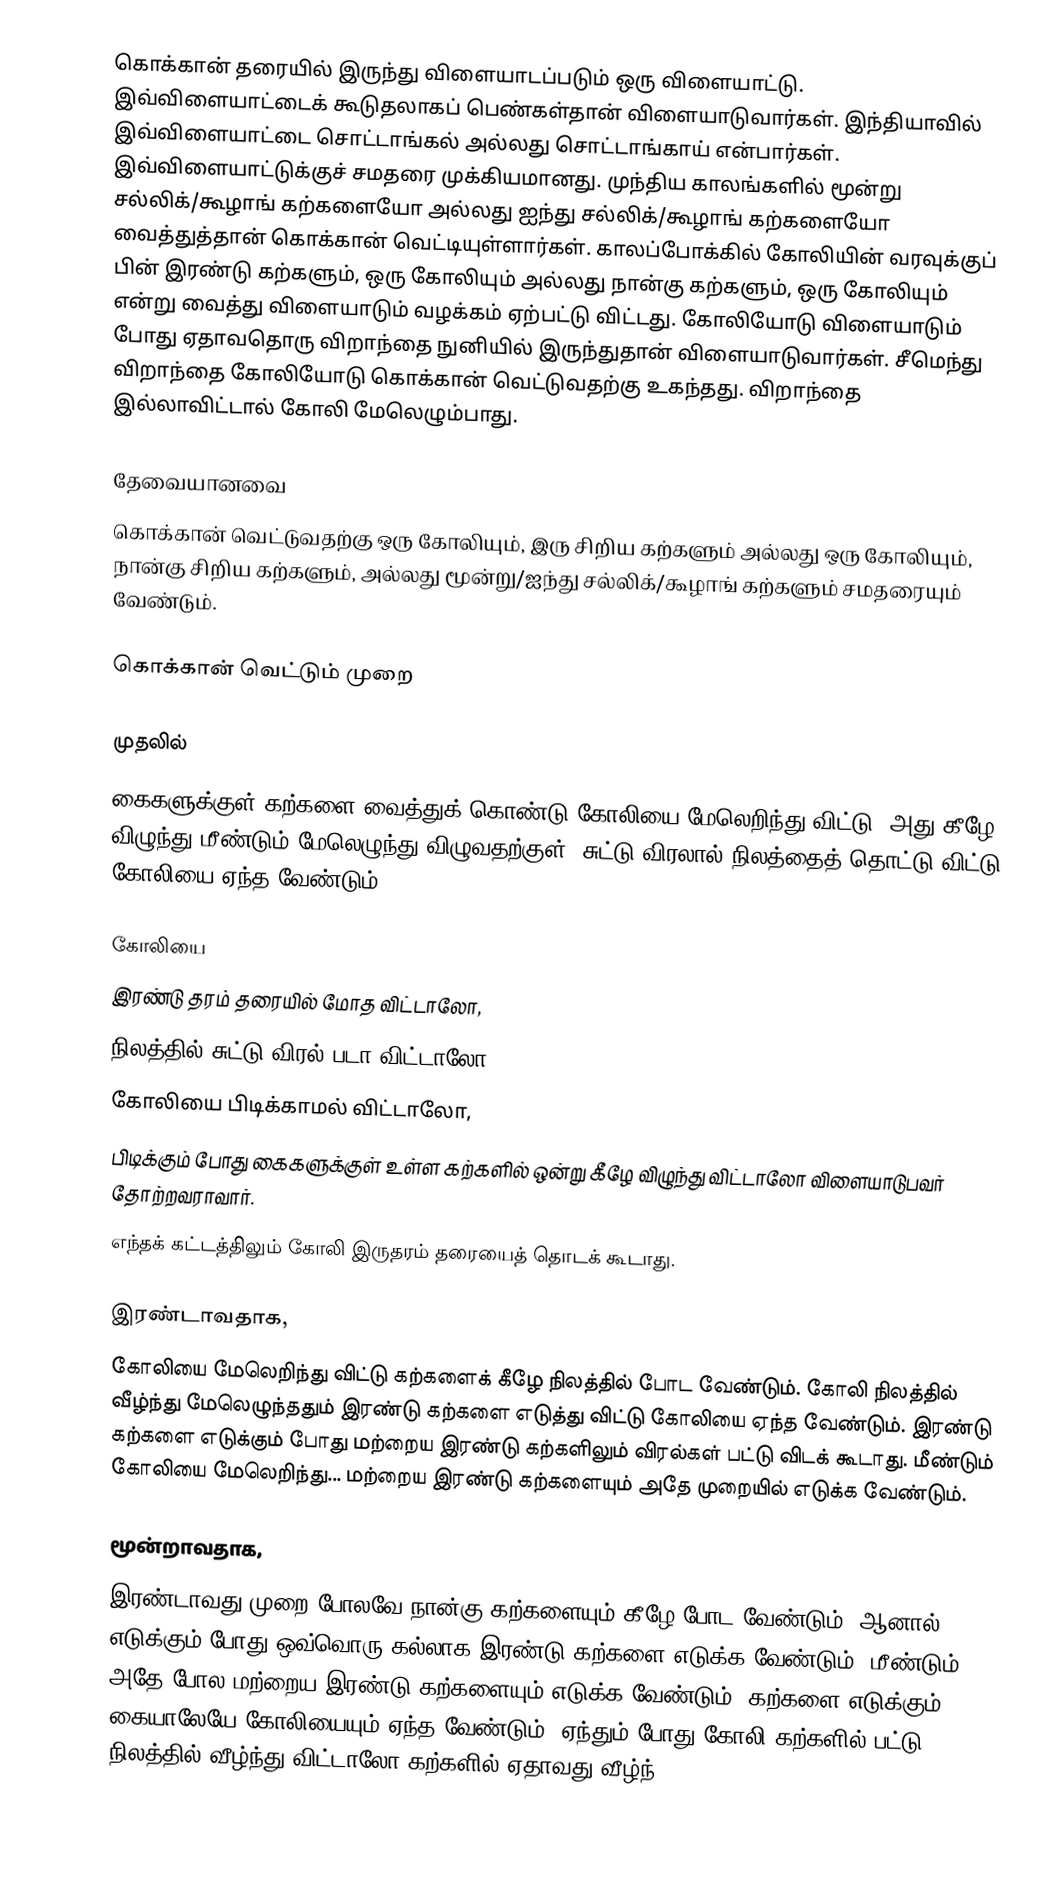
கொக்கான் தரையில் இருந்து விளையாடப்படும் ஒரு விளையாட்டு.  இவ்விளையாட்டைக் கூடுதலாகப் பெண்கள்தான் விளையாடுவார்கள். இந்தியாவில் இவ்விளையாட்டை சொட்டாங்கல் அல்லது சொட்டாங்காய் என்பார்கள். இவ்விளையாட்டுக்குச் சமதரை முக்கியமானது. முந்திய காலங்களில் மூன்று சல்லிக்/கூழாங் கற்களையோ அல்லது ஐந்து சல்லிக்/கூழாங் கற்களையோ வைத்துத்தான் கொக்கான் வெட்டியுள்ளார்கள். காலப்போக்கில் கோலியின் வரவுக்குப் பின் இரண்டு கற்களும், ஒரு கோலியும் அல்லது நான்கு கற்களும், ஒரு கோலியும் என்று வைத்து விளையாடும் வழக்கம் ஏற்பட்டு விட்டது. கோலியோடு விளையாடும் போது ஏதாவதொரு விறாந்தை நுனியில் இருந்துதான் விளையாடுவார்கள். சீமெந்து விறாந்தை கோலியோடு கொக்கான் வெட்டுவதற்கு உகந்தது. விறாந்தை இல்லாவிட்டால் கோலி மேலெழும்பாது.

தேவையானவை
கொக்கான் வெட்டுவதற்கு ஒரு கோலியும், இரு சிறிய கற்களும் அல்லது ஒரு கோலியும், நான்கு சிறிய கற்களும், அல்லது மூன்று/ஐந்து சல்லிக்/கூழாங் கற்களும் சமதரையும் வேண்டும்.

கொக்கான் வெட்டும் முறை

முதலில்
கைகளுக்குள் கற்களை வைத்துக் கொண்டு கோலியை மேலெறிந்து விட்டு, அது கீழே விழுந்து மீண்டும் மேலெழுந்து விழுவதற்குள், சுட்டு விரலால் நிலத்தைத் தொட்டு விட்டு கோலியை ஏந்த வேண்டும்.

கோலியை
இரண்டு தரம் தரையில் மோத விட்டாலோ,
நிலத்தில் சுட்டு விரல் படா விட்டாலோ,
கோலியை பிடிக்காமல் விட்டாலோ,
பிடிக்கும் போது கைகளுக்குள் உள்ள கற்களில் ஒன்று கீழே விழுந்து விட்டாலோ விளையாடுபவர் தோற்றவராவார்.
எந்தக் கட்டத்திலும் கோலி இருதரம் தரையைத் தொடக் கூடாது.

இரண்டாவதாக,
கோலியை மேலெறிந்து விட்டு கற்களைக் கீழே நிலத்தில் போட வேண்டும். கோலி நிலத்தில் வீழ்ந்து மேலெழுந்ததும் இரண்டு கற்களை எடுத்து விட்டு கோலியை  ஏந்த வேண்டும். இரண்டு கற்களை எடுக்கும் போது மற்றைய இரண்டு கற்களிலும் விரல்கள் பட்டு விடக் கூடாது. மீண்டும் கோலியை மேலெறிந்து... மற்றைய இரண்டு கற்களையும் அதே முறையில் எடுக்க வேண்டும்.

மூன்றாவதாக,
இரண்டாவது முறை போலவே நான்கு கற்களையும் கீழே போட வேண்டும். ஆனால் எடுக்கும் போது ஒவ்வொரு கல்லாக இரண்டு கற்களை எடுக்க வேண்டும். மீண்டும் அதே போல மற்றைய இரண்டு கற்களையும் எடுக்க வேண்டும். கற்களை எடுக்கும் கையாலேயே கோலியையும் ஏந்த வேண்டும். ஏந்தும் போது கோலி  கற்களில் பட்டு நிலத்தில் வீழ்ந்து விட்டாலோ கற்களில் ஏதாவது வீழ்ந்